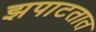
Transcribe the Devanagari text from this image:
झपाटतात